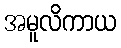
အမူလိကာယ